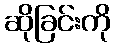
ဆိုခြင်းကို